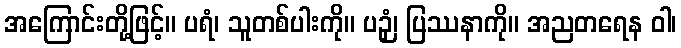
အကြောင်းတို့ဖြင့်။ ပရံ၊ သူတစ်ပါးကို။ ပဉှံ၊ ပြဿနာကို။ အညတရေန ဝါ၊